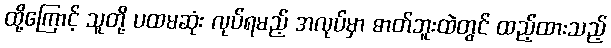
ထို့ကြောင့် သူတို့ ပထမဆုံး လုပ်ရမည့် အလုပ်မှာ ဓာတ်ဘူးထဲတွင် ထည့်ထားသည့်